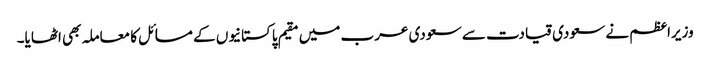
وزیراعظم نے سعودی قیادت سے سعودی عرب میں مقیم پاکستانیوں کے مسائل کا معاملہ بھی اٹھایا۔